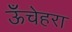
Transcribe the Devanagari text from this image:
ऊँचेहरा